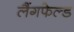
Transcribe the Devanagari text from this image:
लैंगफेल्ड